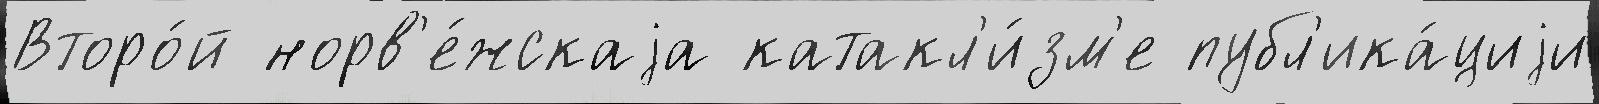
Второ́й норв'е́жскаjа катакл'и́зм'е публ'ика́циjи